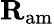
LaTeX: {\mathbf R}_{\mathrm{am}}